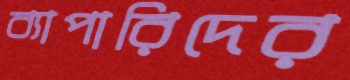
ব্যাপারিদের